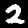
Label: 2